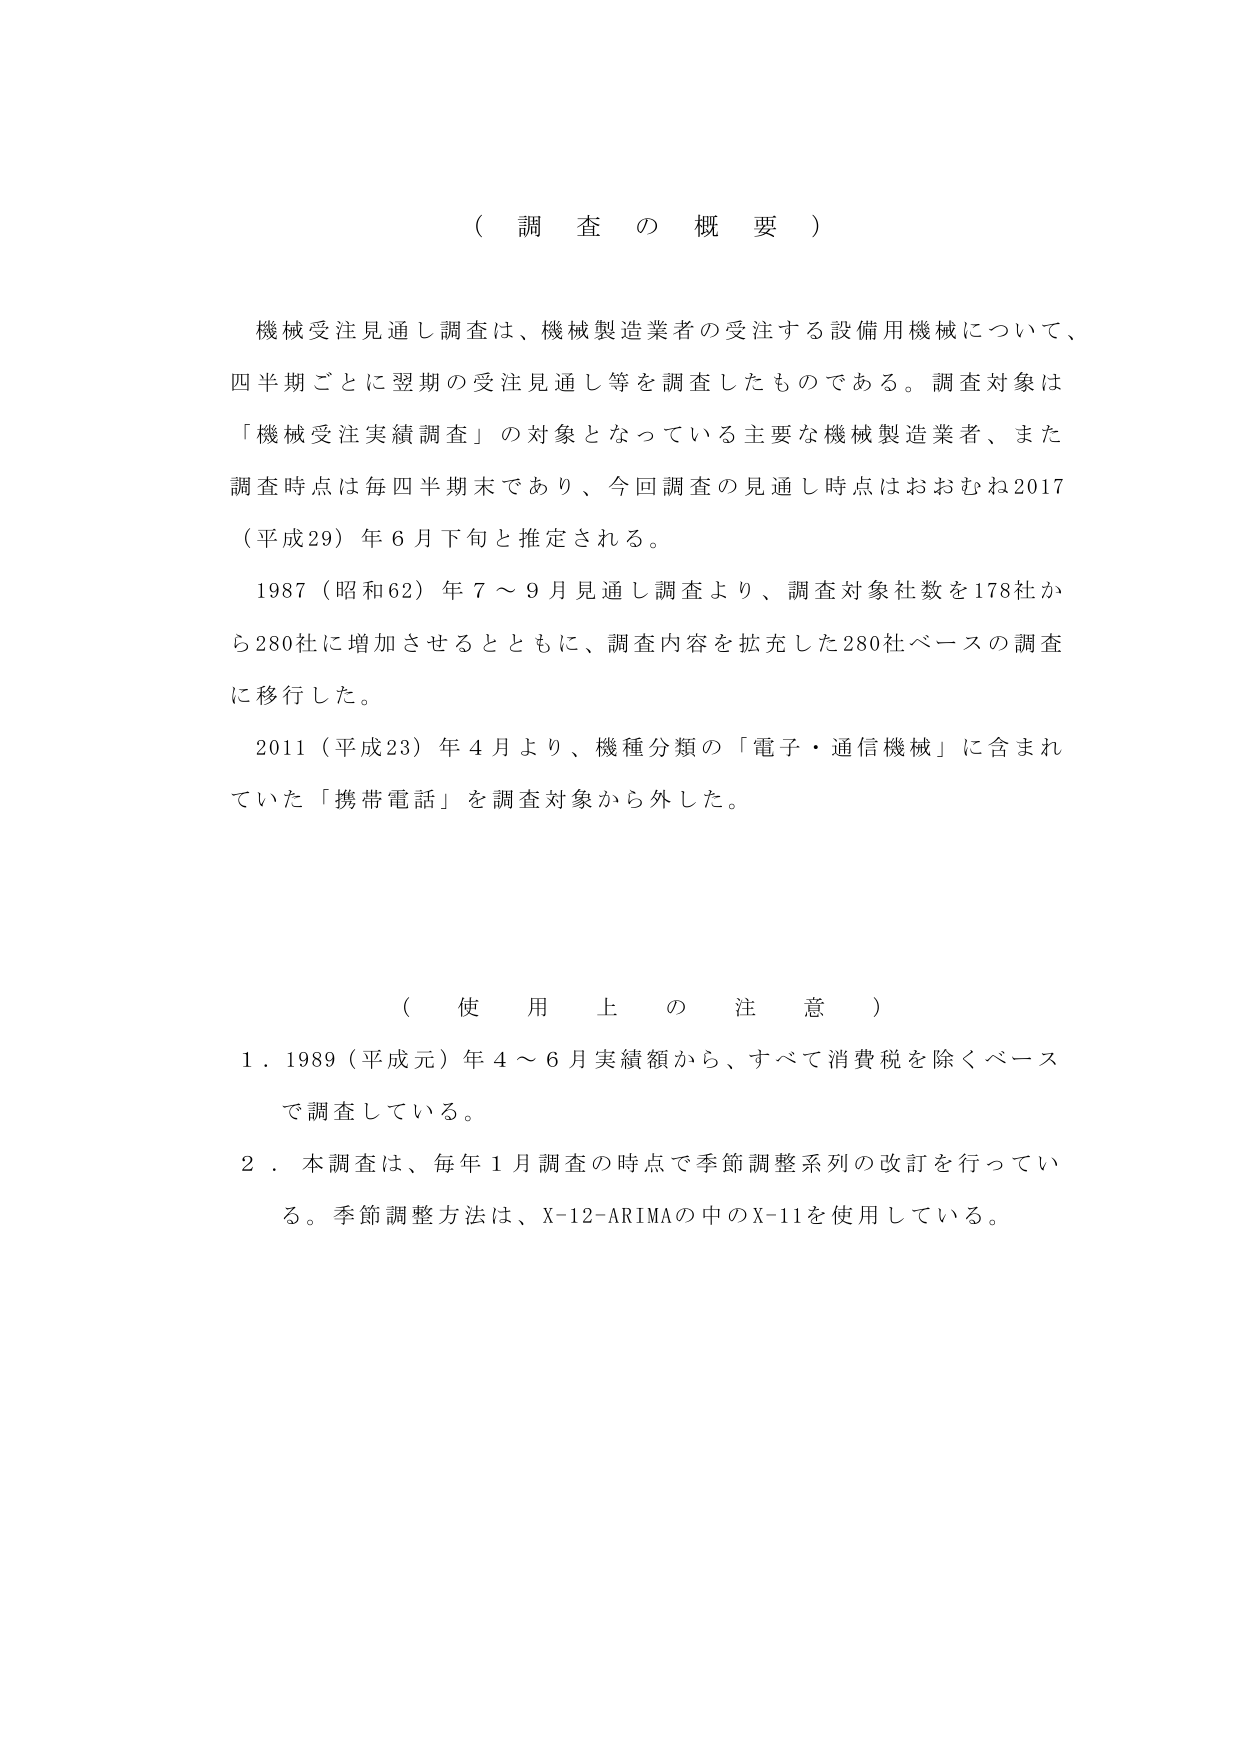
（ 調 査 の 概 要 ）

機械受注見通し調査は、機械製造業者の受注する設備用機械について、
四半期ごとに翌期の受注見通し等を調査したものである。調査対象は
「機械受注実績調査」の対象となっている主要な機械製造業者、また
調査時点は毎四半期末であり、今回調査の見通し時点はおおむね2017
（平成29）年6月下旬と推定される。

1987（昭和62）年7～9月見通し調査より、調査対象社数を178社か
ら280社に増加させるとともに、調査内容を拡充した280社ベースの調査
に移行した。

2011（平成23）年4月より、機種分類の「電子・通信機械」に含まれ
ていた「携帯電話」を調査対象から外した。

（ 使 用 上 の 注 意 ）

1．1989（平成元）年4～6月実績額から、すべて消費税を除くベース
で調査している。

2．本調査は、毎年1月調査の時点で季節調整系列の改訂を行ってい
る。季節調整方法は、X-12-ARIMAの中のX-11を使用している。